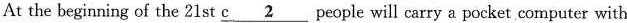
At the beginning of the 21st c\underline{2} people will carry a pocket computer with